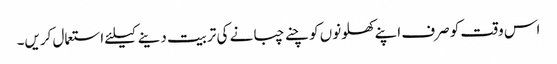
اس وقت کو صرف اپنے کھلونوں کو چنے چبانے کی تربیت دینے کیلئے استعمال کریں۔